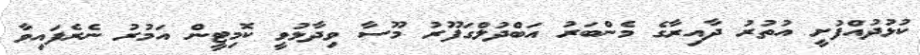
ކުޅުދުއްފުށީ އުތުރު ދާއިރާގެ މެންބަރު އަބްދުލްގަފޫރު މޫސާ ވިދާޅުވީ ކޮމިޓީން އަމުރު ނެރެފައިވާ